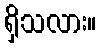
ရှိသလား။